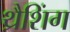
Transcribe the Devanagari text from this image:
थ्रैशिंग